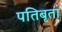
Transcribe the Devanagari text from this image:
पतिबृता